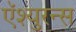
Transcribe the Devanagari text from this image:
ऍश्युरन्स